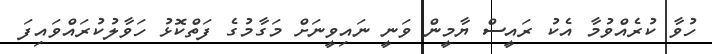
ހުވާ ކުރެއްވުމާ އެކު ރައީސް ޔާމީން ވަނީ ނައިވީނަށް މަގާމުގެ ފަތްކޮޅު ހަވާލުކުރައްވައިފަ